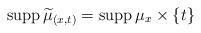
LaTeX: \begin{align*}\operatorname{supp}\widetilde\mu_{(x,t)}=\operatorname{supp}\mu_{x}\times\{t\}\end{align*}